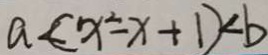
a < ( x ^ { 2 } - x + 1 ) < b